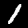
Digit: 1